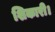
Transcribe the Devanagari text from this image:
शिकारी।